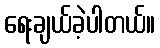
ရေးချယ်ခဲ့ပါတယ်။